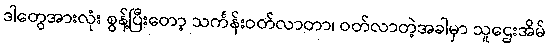
ဒါတွေအားလုံး စွန့်ပြီးတော့ သင်္ကန်းဝတ်လာတာ၊ ဝတ်လာတဲ့အခါမှာ သူဌေးအိမ်